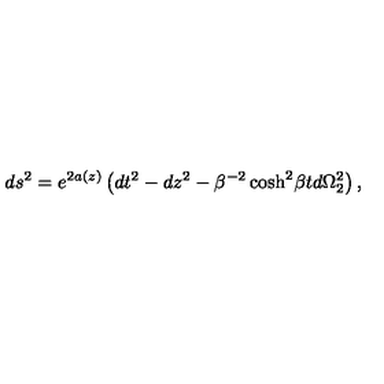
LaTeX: d s ^ { 2 } = e ^ { 2 a ( z ) } \left( d t ^ { 2 } - d z ^ { 2 } - \beta ^ { - 2 } \cosh ^ { 2 } \! \beta t d \Omega _ { 2 } ^ { 2 } \right) ,